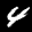
Digit: 4